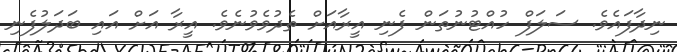
ނިދާފައެވެ. ސަލަފް ހުއްޓުނުތަން ފެނި އީރާއަށް ތެދުވެވުނެވެ. އީރާ އަށް އައި ބަދަލުފެނި